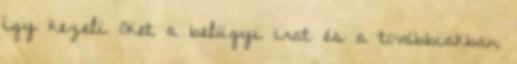
így kezeli őket a belügyi irat és a továbbiakban